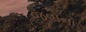
જવોનો